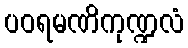
ပဝရမဏိကုဏ္ဍလံ